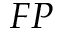
F P